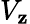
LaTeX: V_{\mathbf{z}}